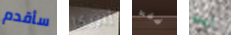
سأقدم إيريكا فقط نيمو